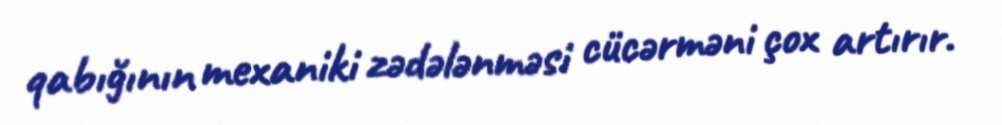
qabığının mexaniki zədələnməsi cücərməni çox artırır.